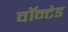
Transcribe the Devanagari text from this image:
वाॅन्टेड